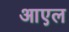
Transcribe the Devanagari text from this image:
आएल